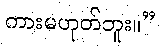
ကားမဟုတ်ဘူး။”